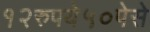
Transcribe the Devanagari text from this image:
१२रुपये५०पेसे